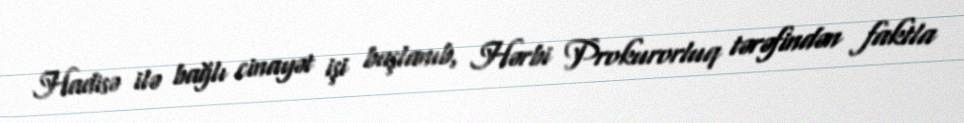
Hadisə ilə bağlı cinayət işi başlanıb, Hərbi Prokurorluq tərəfindən faktla